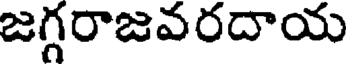
జగ్గరాజవరదాయ